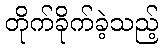
တိုက်ခိုက်ခဲ့သည့်